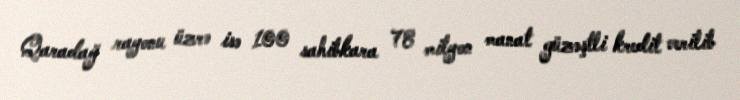
Qaradağ rayonu üzrə isə 100 sahibkara 78 milyon manat güzəştli kredit verilib